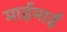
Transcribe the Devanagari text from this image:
माईमाई